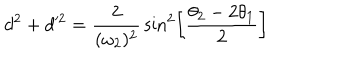
LaTeX: d ^ { 2 } + d ^ { 2 } = { \frac { 2 } { ( \omega _ { 2 } ) ^ { 2 } } } \sin ^ { 2 } \left[ { \frac { \theta _ { 2 } - 2 \theta _ { 1 } } { 2 } } \right]